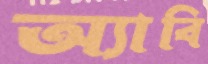
অ্যাবি